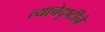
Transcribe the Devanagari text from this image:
त्याचेदृष्टीने